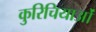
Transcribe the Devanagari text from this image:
कुरिचियाओं